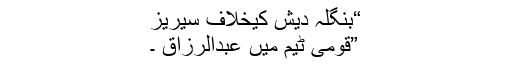
“بنگلہ دیش کیخلاف سیریز
”قومی ٹیم میں عبدالرزاق ۔